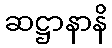
ဆဋ္ဌာနာနိ